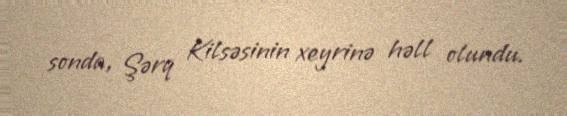
sonda, Şərq Kilsəsinin xeyrinə həll olundu.